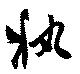
軌